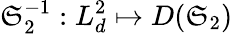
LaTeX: \mathfrak{S}_{2}^{-1}:L_{d}^{2}\mapsto D(\mathfrak{S}_{2})